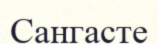
Сангасте